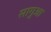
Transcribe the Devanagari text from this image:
सागुआ